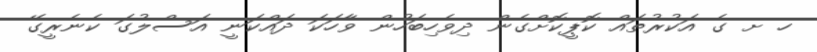
ހ ށ ގެ އަކުރުތައް ކޮޕީކޮށްގެން ދިވެހިބަހުން ވާހަކަ ދައްކަނީ އަސްލުގަ ކެނެރީގޭ